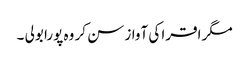
مگر اقرا کی آواز سن کر وہ پورا بولی ۔